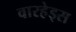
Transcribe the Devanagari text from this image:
वारहेड्स